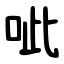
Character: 呲